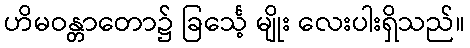
ဟိမဝန္တာတော၌ ခြင်္သေ့ မျိုး လေးပါးရှိသည်။